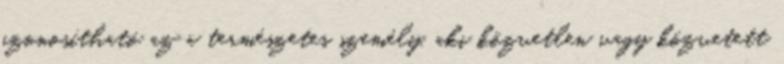
azonosítható az a természetes személy, aki közvetlen vagy közvetett